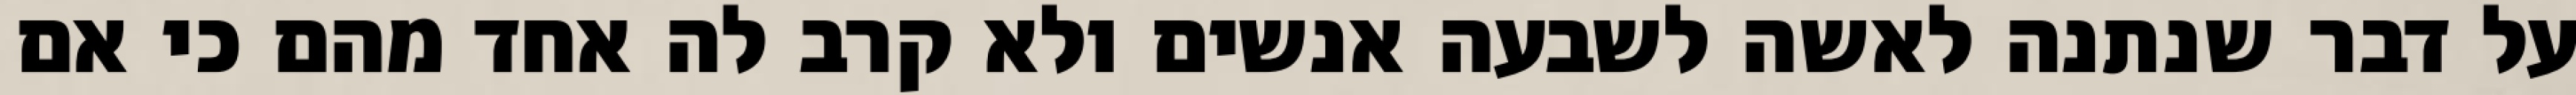
על דבר שנתנה לאשה לשבעה אנשים ולא קרב לה אחד מהם כי אם